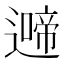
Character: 𮟍